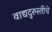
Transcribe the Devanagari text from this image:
वाद्यदुरुस्तीचे